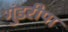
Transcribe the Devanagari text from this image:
गुंडरीपा